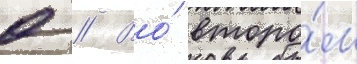
0 // Во́ второ́м